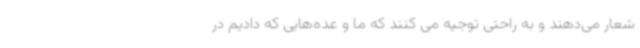
شعار می‌دهند و به راحتی توجیه می کنند که ما و عده‌هایی که دادیم در